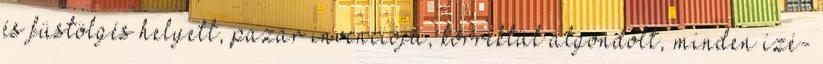
és füstölgés helyett, pazar invenciójú, korrektül átgondolt, minden ízé-